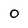
Character: O